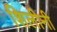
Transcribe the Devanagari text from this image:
शिलीनी